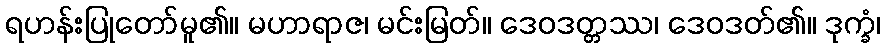
ရဟန်းပြုတော်မူ၏။ မဟာရာဇ၊ မင်းမြတ်။ ဒေဝဒတ္တဿ၊ ဒေဝဒတ်၏။ ဒုက္ခံ၊